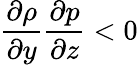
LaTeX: \frac{\partial\rho}{\partial y}\frac{\partial p}{\partial z}<0